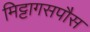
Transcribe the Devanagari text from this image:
मिट्टागसपौस